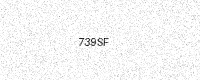
Text: 739SF